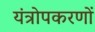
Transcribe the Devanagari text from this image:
यंत्रोपकरणों